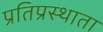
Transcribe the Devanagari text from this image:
प्रतिप्रस्थाता